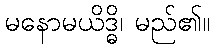
မနောမယိဒ္ဓိ၊ မည်၏။